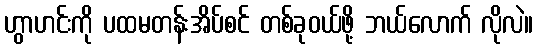
ဟွာဟင်းကို ပထမတန်းအိပ်စင် တစ်ခုဝယ်ဖို့ ဘယ်လောက် လိုလဲ။